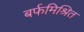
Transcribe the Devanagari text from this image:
बर्फमिश्रित